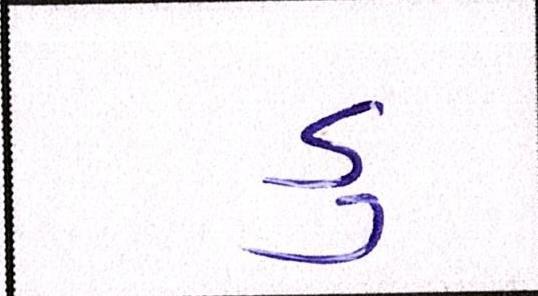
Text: ડુ